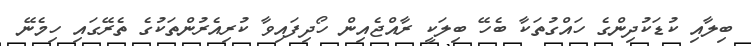
ބިލާއި ކުޑަކުދިންގެ ހައްގުތަކާ ބެހޭ ބިލަކީ ރާއްޖެއިން ހޯދިފައިވާ ކުރިއެރުންތަކުގެ ތެރޭގައި ހިމެނޭ